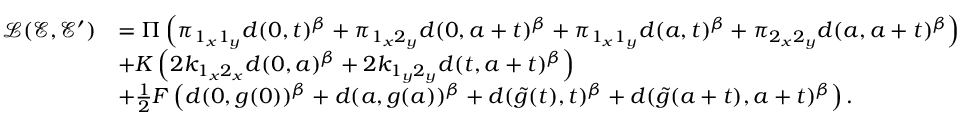
\begin{array} { r l } { \mathcal { L } ( \mathcal { E } , \mathcal { E } ^ { \prime } ) } & { = \Pi \left( \pi _ { 1 _ { x } 1 _ { y } } d ( 0 , t ) ^ { \beta } + \pi _ { 1 _ { x } 2 _ { y } } d ( 0 , a + t ) ^ { \beta } + \pi _ { 1 _ { x } 1 _ { y } } d ( a , t ) ^ { \beta } + \pi _ { 2 _ { x } 2 _ { y } } d ( a , a + t ) ^ { \beta } \right) } \\ & { + K \left( 2 k _ { 1 _ { x } 2 _ { x } } d ( 0 , a ) ^ { \beta } + 2 k _ { 1 _ { y } 2 _ { y } } d ( t , a + t ) ^ { \beta } \right) } \\ & { + \frac { 1 } { 2 } F \left( d ( 0 , g ( 0 ) ) ^ { \beta } + d ( a , g ( a ) ) ^ { \beta } + d ( \Tilde { g } ( t ) , t ) ^ { \beta } + d ( \Tilde { g } ( a + t ) , a + t ) ^ { \beta } \right) . } \end{array}